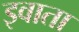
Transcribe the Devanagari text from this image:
इवाता